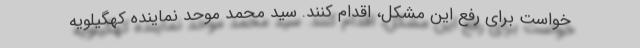
خواست برای رفع این مشکل، اقدام کنند. سید محمد موحد نماینده کهگیلویه